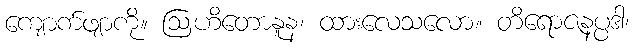
ကျောက်ဖျာကို။ ဩဟိတောနူန၊ ထားလေသလော။ တိရောဇနပ္ပဒါ၊